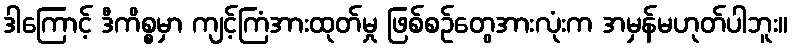
ဒါကြောင့် ဒီကိစ္စမှာ ကျင့်ကြံအားထုတ်မှု ဖြစ်စဉ်တွေအားလုံးက အမှန်မဟုတ်ပါဘူး။